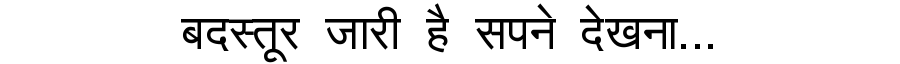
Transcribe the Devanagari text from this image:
बदस्तूर जारी है सपने देखना...